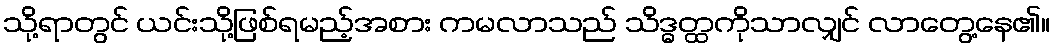
သို့ရာတွင် ယင်းသို့ဖြစ်ရမည့်အစား ကမလာသည် သိဒ္ဓတ္ထကိုသာလျှင် လာတွေ့နေ၏။